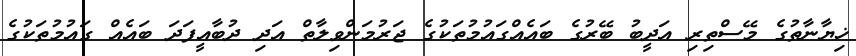
ޚިޔާނާތުގެ މޭސްތިރި އަދީބު ބޭރުގެ ބައެއްގައުމުތަކުގެ ޖަރުމަންވިލާތް އަދި ދުބާއީފަދަ ބައެއް ގައުމުތަކުގެ